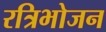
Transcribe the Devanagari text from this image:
रत्रिभोजन